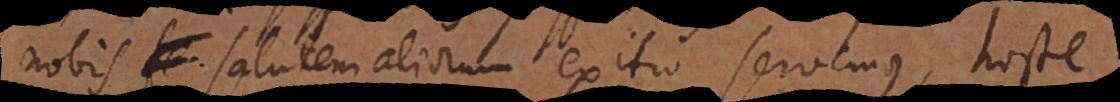
nobis fe salutem aliorum exitio servemus, hoste